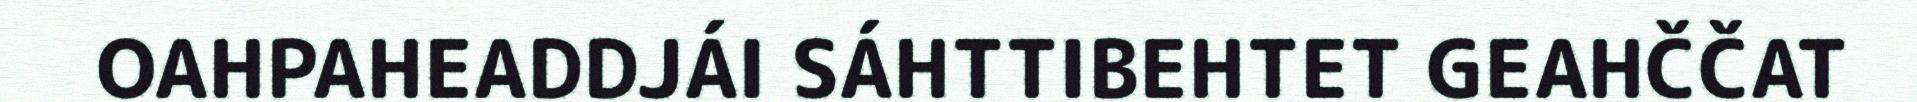
OAHPAHEADDJÁI SÁHTTIBEHTET GEAHČČAT